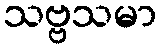
သဗ္ဗသမာ